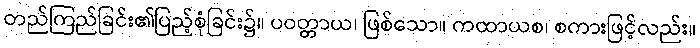
တည်ကြည်ခြင်း၏ပြည့်စုံခြင်း၌။ ပဝတ္တာယ၊ ဖြစ်သော။ ကထာယစ၊ စကားဖြင့်လည်း။